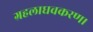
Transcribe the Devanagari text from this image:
ग्रहलाघवकरण।